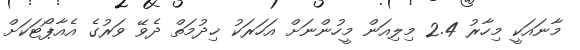
މާނައަކީ މިހާރު 2.4 މިލިއަން މީހުންނަށް އަހަރަކު ޚިދުމަތް ދެވޭ ވަރުގެ އެއާޕޯޓަކަށް